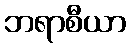
ဘရာစီယာ